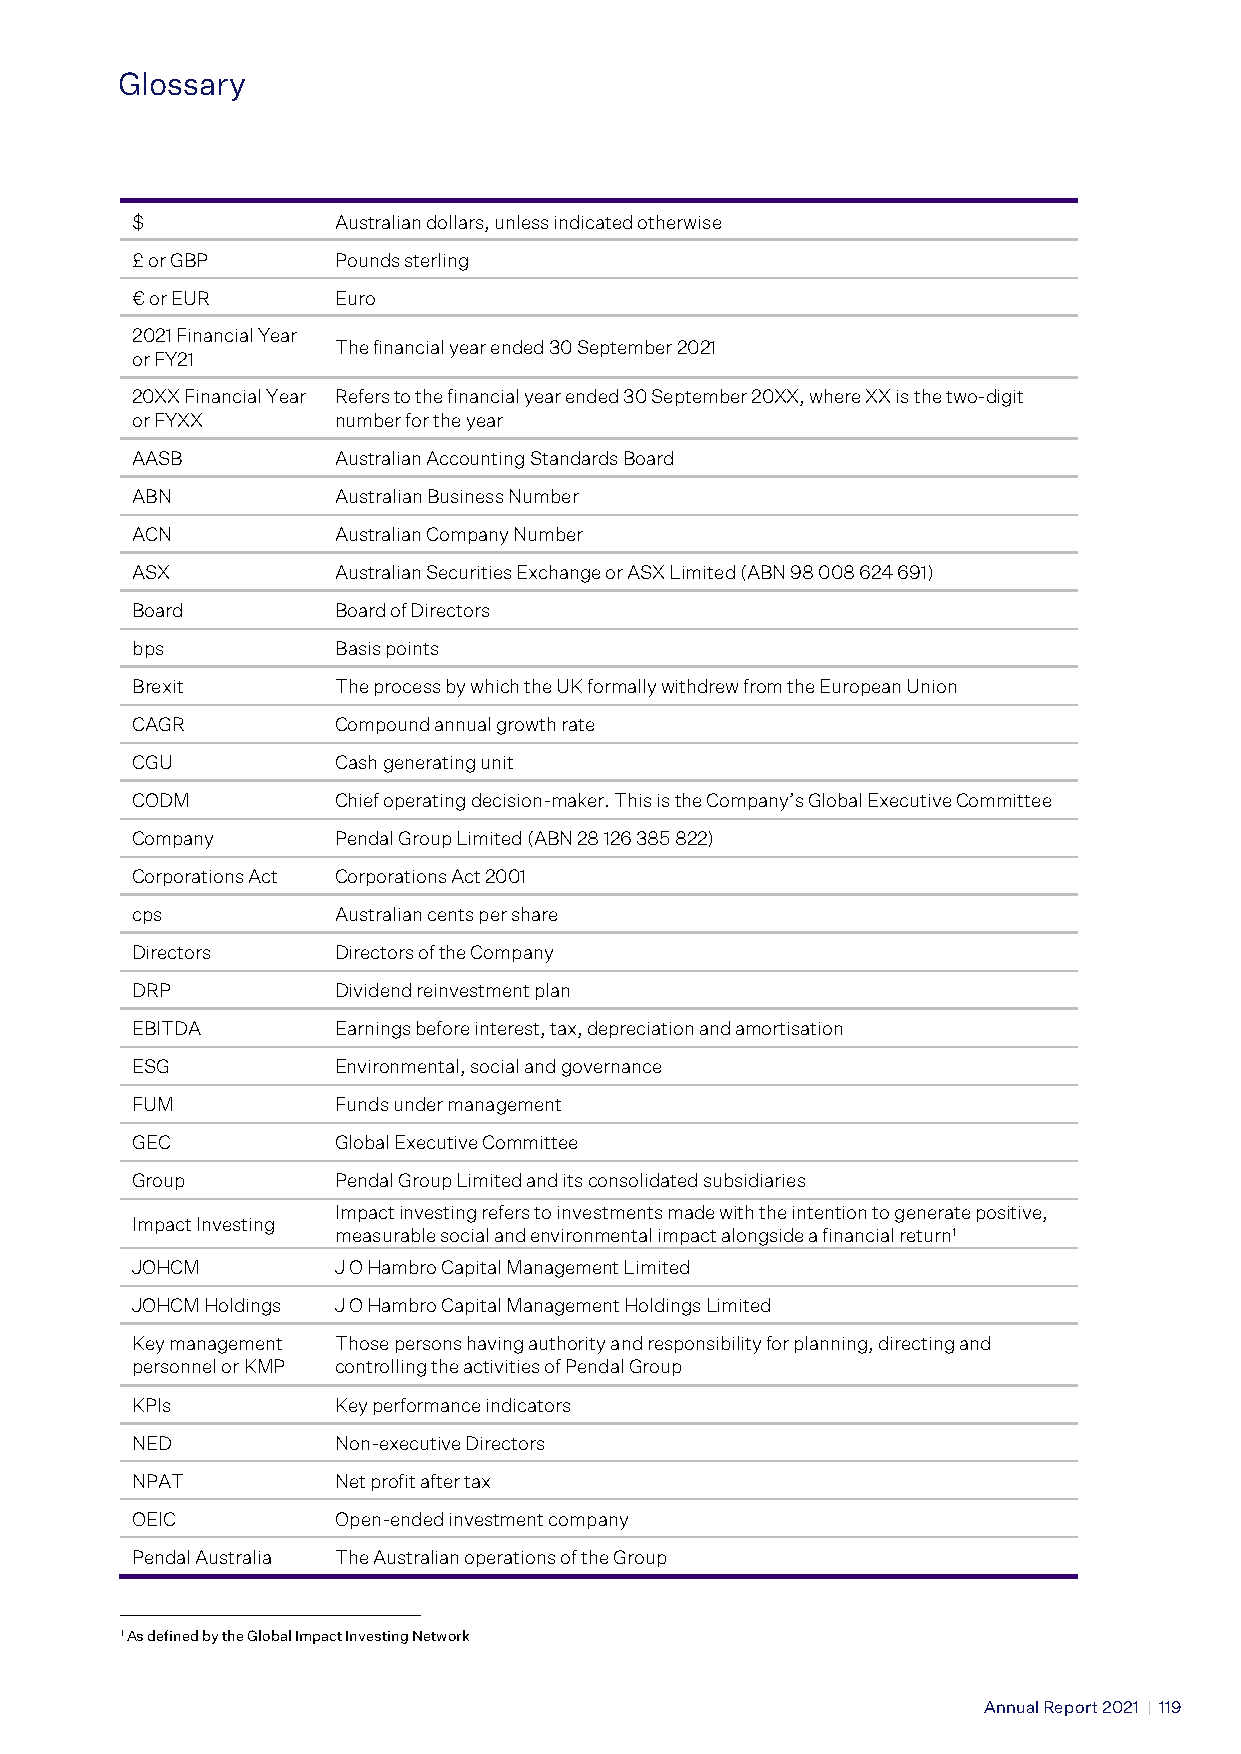
Glossary
 Glossary
 $            Australian dollars, unless indicated otherwise
 £ or GBP     Pounds sterling
 € or EUR     Euro
 2021 Financial Year
 The financial year ended 30 September 2021
 or FY21
 20XX Financial Year Refers to the financial year ended 30 September 20XX, where XX is the two-digit
 or FYXX      number for the year
 AASB         Australian Accounting Standards Board
 ABN          Australian Business Number
 ACN          Australian Company Number
 ASX          Australian Securities Exchange or ASX Limited (ABN 98 008 624 691)
 Board        Board of Directors
 bps          Basis points
 Brexit       The process by which the UK formally withdrew from the European Union
 CAGR         Compound annual growth rate
 CGU          Cash generating unit
 CODM         Chief operating decision-maker. This is the Company’s Global Executive Committee
 Company      Pendal Group Limited (ABN 28 126 385 822)
 Corporations Act Corporations Act 2001
 cps          Australian cents per share
 Directors    Directors of the Company
 DRP          Dividend reinvestment plan
 EBITDA       Earnings before interest, tax, depreciation and amortisation
 ESG          Environmental, social and governance
 FUM          Funds under management
 GEC          Global Executive Committee
 Group        Pendal Group Limited and its consolidated subsidiaries
 Impact investing refers to investments made with the intention to generate positive,
 Impact Investing
 measurable social and environmental impact alongside a financial return1
 JOHCM        J O Hambro Capital Management Limited
 JOHCM Holdings J O Hambro Capital Management Holdings Limited
 Key management Those persons having authority and responsibility for planning, directing and
 personnel or KMP controlling the activities of Pendal Group
 KPIs         Key performance indicators
 NED          Non-executive Directors
 NPAT         Net profit after tax
 OEIC         Open-ended investment company
 Pendal Australia The Australian operations of the Group
 1 As defined by the Global Impact Investing Network
 {PEN007_34_Glossary_V7.docx}
 Annual Report 2021 | 119